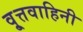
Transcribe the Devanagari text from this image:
वृ्त्तवाहिनी